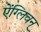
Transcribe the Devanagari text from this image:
ऐंग्लिवन्